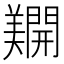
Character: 𨷑